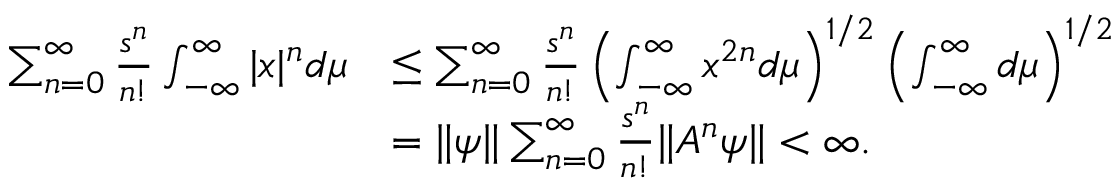
\begin{array} { r l } { \sum _ { n = 0 } ^ { \infty } \frac { s ^ { n } } { n ! } \int _ { - \infty } ^ { \infty } | x | ^ { n } d \mu } & { \leq \sum _ { n = 0 } ^ { \infty } \frac { s ^ { n } } { n ! } \left( \int _ { - \infty } ^ { \infty } x ^ { 2 n } d \mu \right) ^ { 1 / 2 } \left( \int _ { - \infty } ^ { \infty } d \mu \right) ^ { 1 / 2 } } \\ & { = \| \psi \| \sum _ { n = 0 } ^ { \infty } \frac { s ^ { n } } { n ! } \| A ^ { n } \psi \| < \infty . } \end{array}